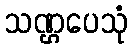
သဏ္ဌပေသုံ